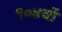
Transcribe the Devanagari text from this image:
१०४वॉ